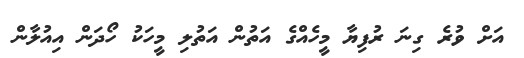
އަށް ވުރެ ގިނަ ރުފިޔާ މީހެއްގެ އަތުން އަތުލި މީހަކު ހޯދަން އިއުލާން